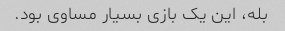
بله، این یک بازی بسیار مساوی بود.